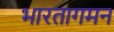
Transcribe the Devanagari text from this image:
भारतागमन